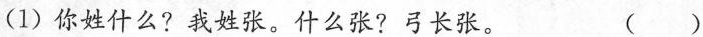
(1)你姓什么?我姓张。什么张?弓长张。 ()